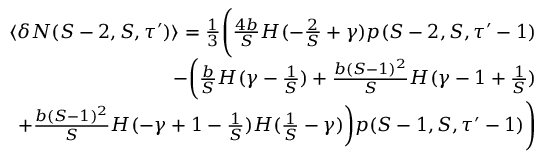
\begin{array} { r } { \langle \delta N ( S - 2 , S , \tau ^ { \prime } ) \rangle = \frac { 1 } { 3 } \Bigg ( \frac { 4 b } { S } H ( - \frac { 2 } { S } + \gamma ) p ( S - 2 , S , \tau ^ { \prime } - 1 ) } \\ { - \bigg ( \frac { b } { S } H ( \gamma - \frac { 1 } { S } ) + \frac { b ( S - 1 ) ^ { 2 } } { S } H ( \gamma - 1 + \frac { 1 } { S } ) } \\ { + \frac { b ( S - 1 ) ^ { 2 } } { S } H ( - \gamma + 1 - \frac { 1 } { S } ) H ( \frac { 1 } { S } - \gamma ) \bigg ) p ( S - 1 , S , \tau ^ { \prime } - 1 ) \Bigg ) } \end{array}